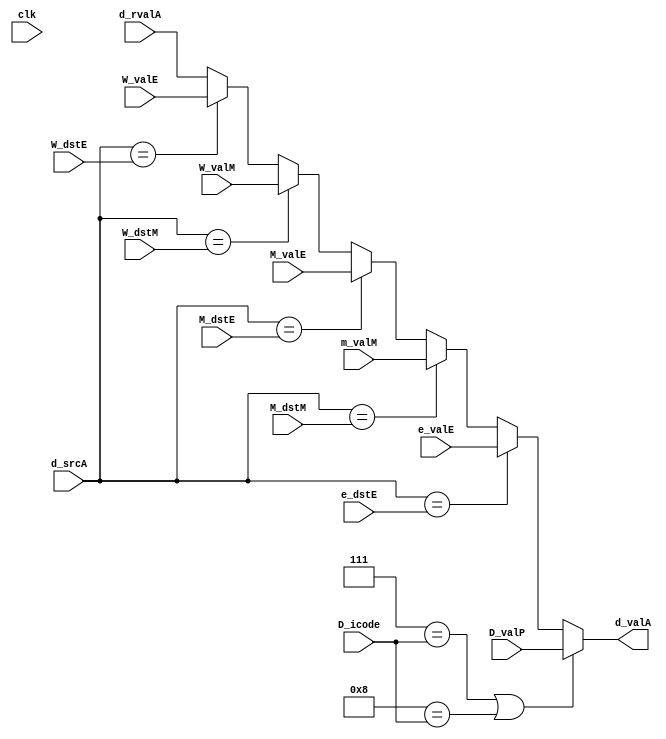
module SelectiveAndForwardA(clk,e_dstE,e_valE,M_dstE,M_valE,M_dstM,m_valM,W_dstE,W_dstM,W_valE,W_valM,
                           D_icode,D_valP,d_rvalA,d_srcA,d_valA);

input clk;
input [3:0] e_dstE;
input [63:0] e_valE;
input [3:0] M_dstE;
input [63:0] M_valE;
input [3:0] M_dstM;
input [63:0] m_valM;
input [3:0] W_dstM;
input [63:0] W_valM;
input [3:0] W_dstE;
input [63:0] W_valE;
input [3:0] D_icode;
input [63:0] D_valP;
input [63:0] d_rvalA;
input [3:0] d_srcA;

output reg [63:0] d_valA;

always@(*)
begin
  
     if ((4'b0111 == D_icode) || (4'b1000 ==D_icode))
     d_valA = D_valP;
else if (d_srcA == e_dstE)
     d_valA = e_valE;
else if (d_srcA == M_dstM)
     d_valA = m_valM;
else if (d_srcA == M_dstE)
     d_valA = M_valE;
else if (d_srcA == W_dstM)
     d_valA = W_valM;
else if (d_srcA == W_dstE)
     d_valA = W_valE;
else d_valA = d_rvalA;

end


endmodule